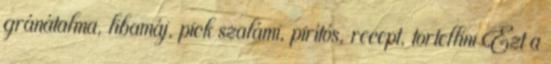
gránátalma, libamáj, pick szalámi, pirítós, recept, tortellini Ezt a